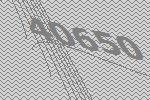
40650